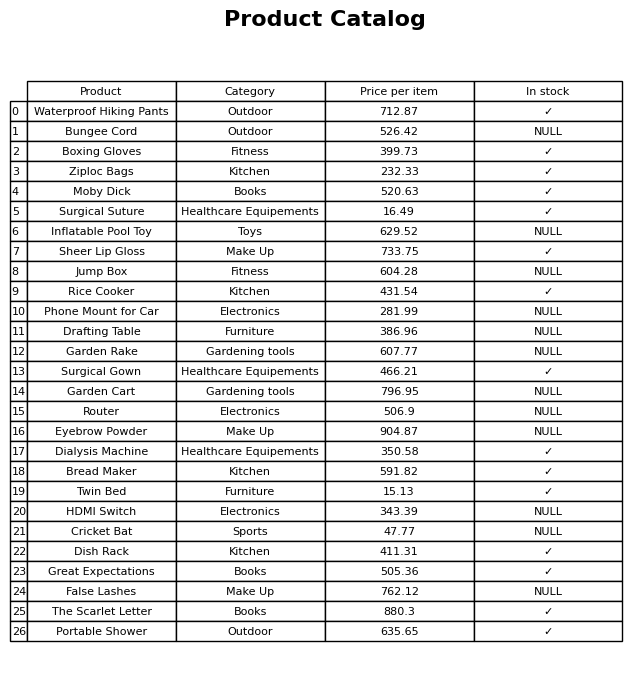
question: What is the price for Rice Cooker?
answer: The price of Rice Cooker is 431.54.